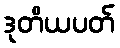
ဒုတိယပတ်